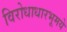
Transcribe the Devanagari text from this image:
विरोधाधारभूमये